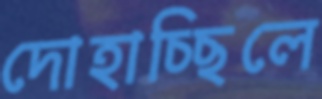
দোহাচ্ছিলে